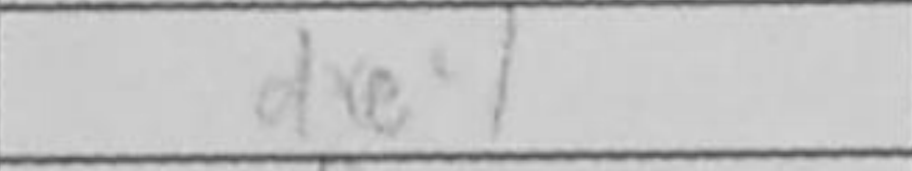
Transcription: dxe4